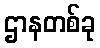
ဌာနတစ်ခု